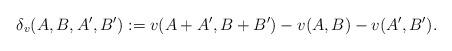
LaTeX: \begin{align*} \delta_v(A,B,A',B'):=v(A+A',B+B')-v(A,B)-v(A',B'). \end{align*}